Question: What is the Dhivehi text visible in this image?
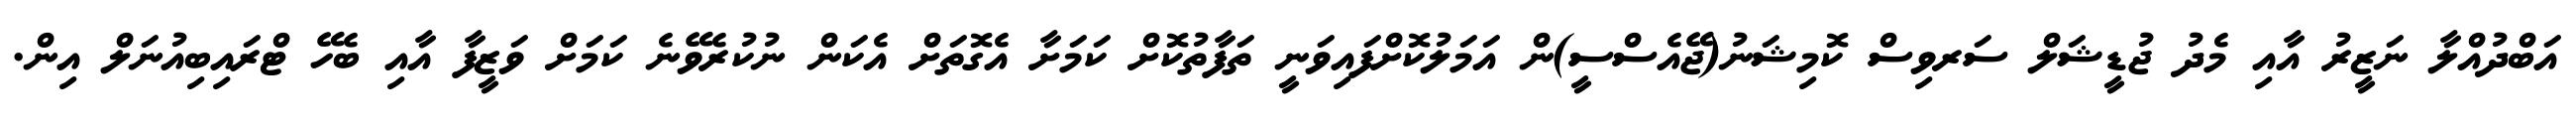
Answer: އަބްދުއްލާ ނަޒީރު އާއި މެދު ޖުޑީޝަލް ސަރވިސް ކޮމިޝަނު(ޖޭއެސްސީ)ން އަމަލުކޮށްފައިވަނީ ތަފާތުކޮށް ކަމަށާ އެގޮތަށް އެކަން ނުކުރެވޭނެ ކަމަށް ވަޒީފާ އާއި ބެހޭ ޓްރައިބިއުނަލް އިން.